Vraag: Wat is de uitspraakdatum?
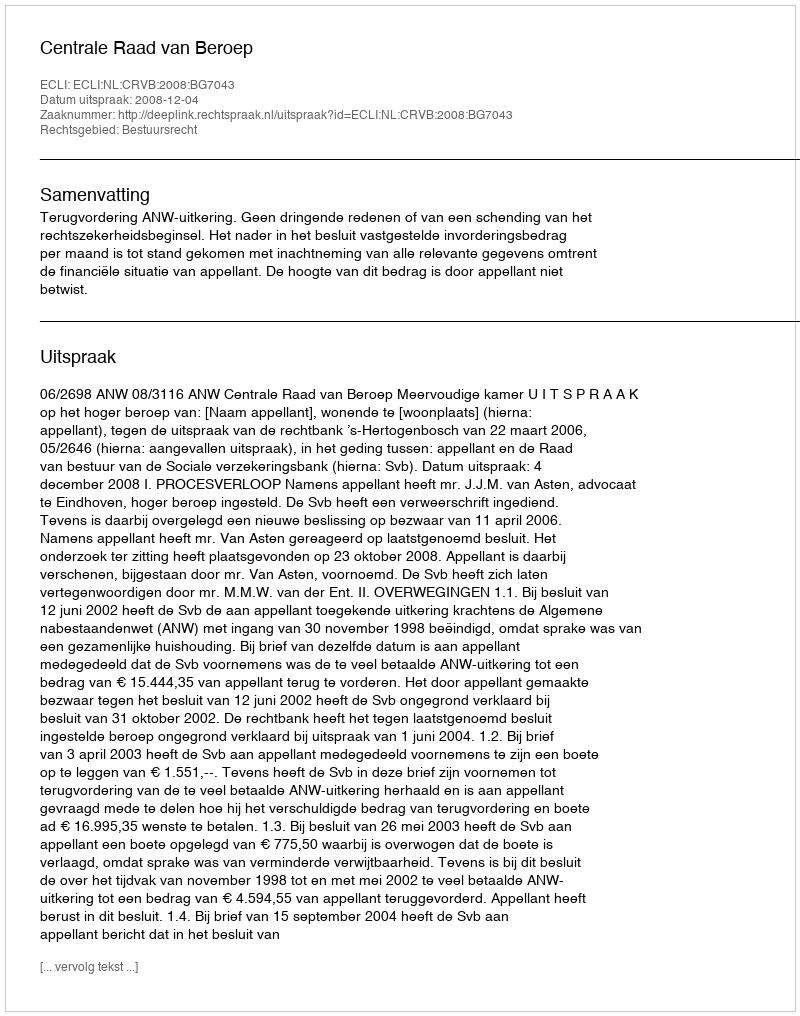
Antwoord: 2008-12-04